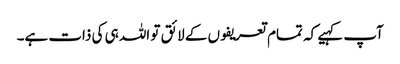
آپ کہیے کہ تمام تعریفوں کے لائق تو اللہ ہی کی ذات ہے۔